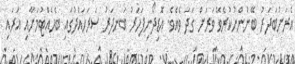
އެރަށުބަދަރު ބޭނުންނުކުރެވޭ ވަރަށް ގަދަ ވެއެވެ. އެޮޑިދޯނިފަހަރު ބަނދަރު ސަރަހައްދުގައި ބެހެއްޓުމަށާއި އަރައި